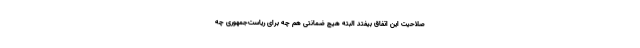
صلاحیت این اتفاق بیفتد البته هیچ ضمانتی هم چه برای ریاست‌جمهوری چه